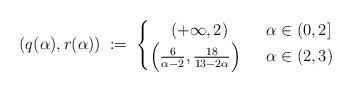
LaTeX: \begin{align*}(q(\alpha),r(\alpha))\;:=\; \begin{cases}\quad\;(+\infty,2)&\;\;\alpha\in(0,2]\\\Big(\frac{6}{\alpha-2},\frac{18}{13-2\alpha}\Big)&\;\;\alpha\in(2,3)\\\end{cases}\end{align*}